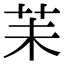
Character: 苿